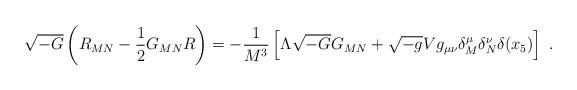
LaTeX: \begin{align*} \sqrt{-G}\left(R_{MN}-\frac{1}{2}G_{MN}R\right)= -\frac{1}{M^3}\left[\Lambda\sqrt{-G}G_{MN}+\sqrt{-g}Vg_{\mu\nu}\delta^\mu_M\delta^\nu_N\delta(x_5)\right]~.\end{align*}